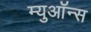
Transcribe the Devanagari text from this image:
म्युऑन्स